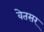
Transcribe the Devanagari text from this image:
वेतसर